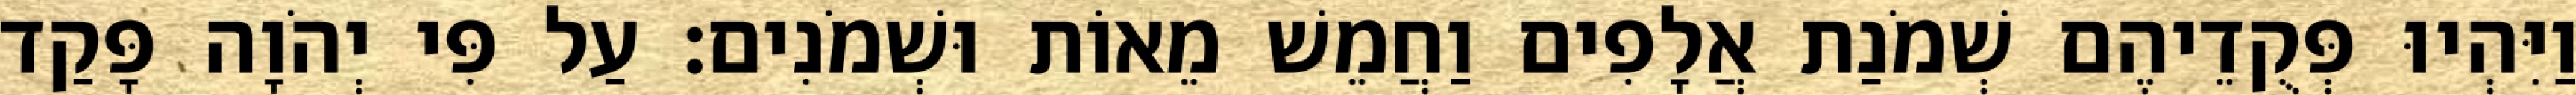
וַיִּהְיוּ פְּקֻדֵיהֶם שְׁמֹנַת אֲלָפִים וַחֲמֵשׁ מֵאוֹת וּשְׁמֹנִים׃ עַל פִּי יְהֹוָה פָּקַד